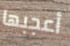
أعجبها